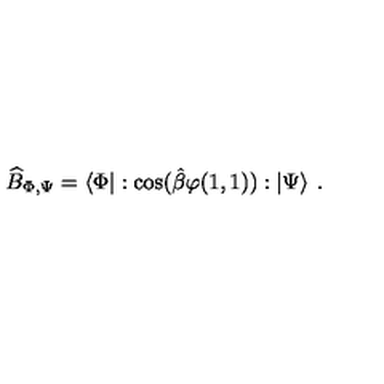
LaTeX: \widehat { B } _ { \Phi , \Psi } = \left\langle \Phi \right| : \cos ( \hat { \beta } \varphi ( 1 , 1 ) ) : \left| \Psi \right\rangle \: .